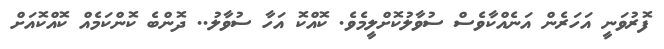
ފޮރުވަނީ އަހަރެން އަނެއްކާވެސް ސުވާލުކޮށްލީމެވެ. ކޮއްކޮ އަހާ ސުވާލު.. ދޮންބެ ކޮންކަމެއް ކޮއްކޮއަށް